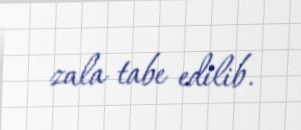
zala tabe edilib.